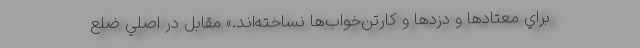
براي معتادها و دزدها و كارتن‌خواب‌ها نساخته‌اند.» مقابل در اصلي ضلع